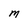
Character: M